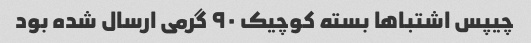
چیپس اشتباها بسته کوچیک ۹۰ گرمی ارسال شده بود